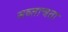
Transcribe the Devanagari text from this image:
सव्तान्त्रता